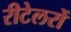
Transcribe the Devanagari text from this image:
रीटेलरों